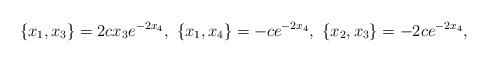
LaTeX: \begin{align*} \{x_1,x_3\}=2c x_3 e^{-2 x_4},~\{x_1,x_4\}=-c e^{-2 x_4},~\{x_2,x_3\}=-2c e^{-2 x_4}, \end{align*}